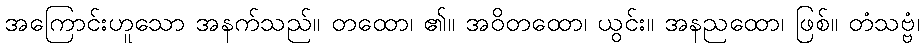
အကြောင်းဟူသော အနက်သည်။ တထော၊ ၏။ အဝိတထော၊ ယွင်း။ အနညထော၊ ဖြစ်။ တံသဗ္ဗံ၊